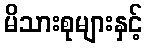
မိသားစုများနှင့်